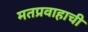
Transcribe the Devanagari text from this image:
मतप्रवाहाची